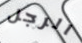
الرجل